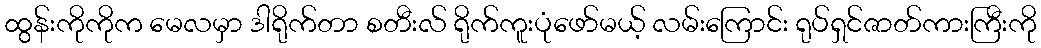
ထွန်းကိုကိုက မေလမှာ ဒါရိုက်တာ စတီးလ် ရိုက်ကူးပုံဖော်မယ့် လမ်းကြောင်း ရုပ်ရှင်ဇာတ်ကားကြီးကို